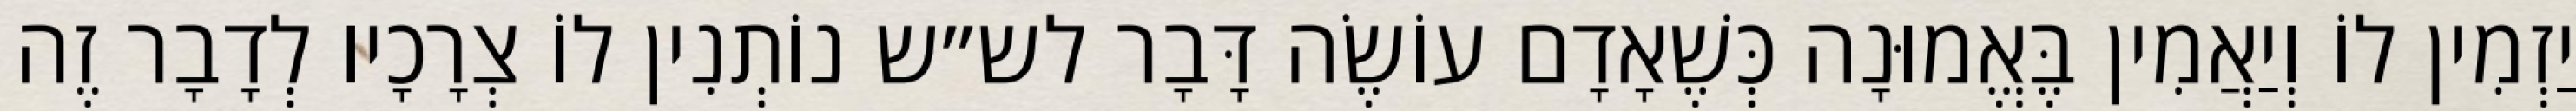
יַזְמִין לוֹ וְיַאֲמִין בֶּאֱמוּנָה כְּשֶׁאָדָם עוֹשֶׂה דָּבָר לש״ש נוֹתְנִין לוֹ צְרָכָיו לְדָבָר זֶה